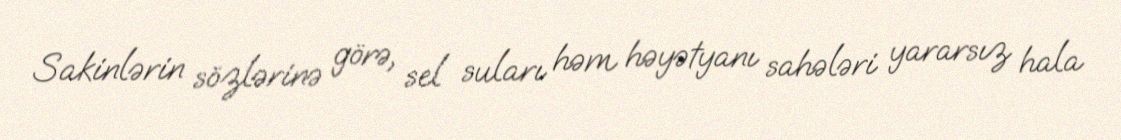
Sakinlərin sözlərinə görə, sel suları həm həyətyanı sahələri yararsız hala